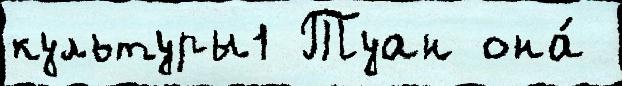
культуры1 Туан она́